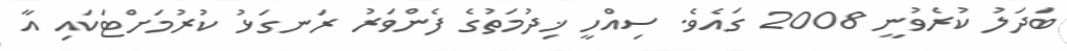
ބަދަލު ކުރެވުނީ 2008 ގައެވެ. ސިއްހީ ޚިދުމަތުގެ ފެންވަރު ރަނގަޅު ކުރުމަށްޓަކައި އާ